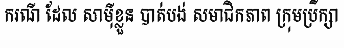
ករណី ដែល សាម៉ីខ្លួន បាត់បង់ សមាជិកភាព ក្រុមប្រឹក្សា